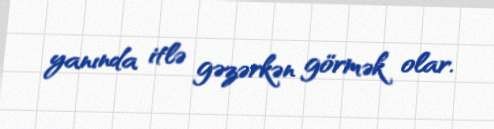
yanında itlə gəzərkən görmək olar.